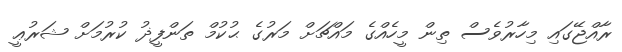
ރާއްޖޭގައި މިހާރުވެސް ތިން މީހެއްގެ މައްޗަށް މަރުގެ ޙުކުމް ތަންފީޛު ކުރުމަށް ޝަރުޢީ